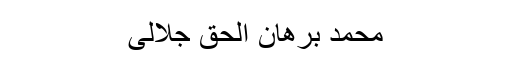
محمد برُھان اُلحق جلالی